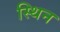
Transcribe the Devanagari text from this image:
स्थिन